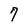
Character: 7